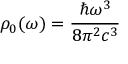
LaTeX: \rho _ { 0 } ( \omega ) = { \frac { \hbar \omega ^ { 3 } } { 8 \pi ^ { 2 } c ^ { 3 } } }